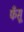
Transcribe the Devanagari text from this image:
फँसू